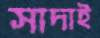
সাদাই